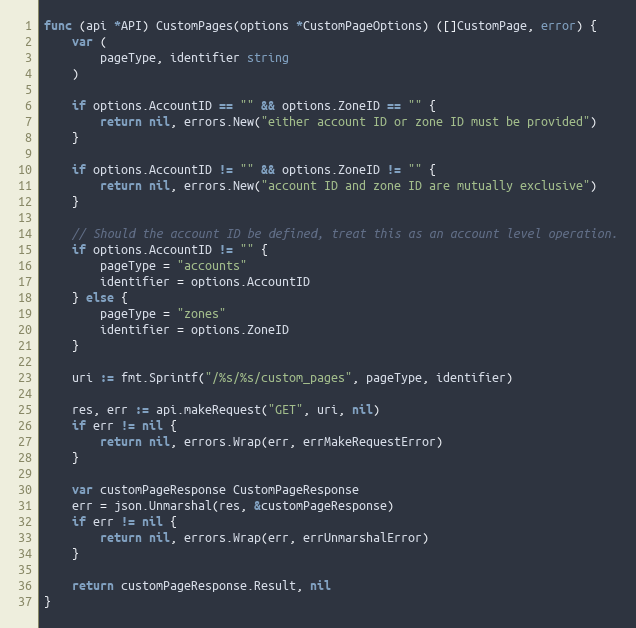
Language: Go
func (api *API) CustomPages(options *CustomPageOptions) ([]CustomPage, error) {
	var (
		pageType, identifier string
	)

	if options.AccountID == "" && options.ZoneID == "" {
		return nil, errors.New("either account ID or zone ID must be provided")
	}

	if options.AccountID != "" && options.ZoneID != "" {
		return nil, errors.New("account ID and zone ID are mutually exclusive")
	}

	// Should the account ID be defined, treat this as an account level operation.
	if options.AccountID != "" {
		pageType = "accounts"
		identifier = options.AccountID
	} else {
		pageType = "zones"
		identifier = options.ZoneID
	}

	uri := fmt.Sprintf("/%s/%s/custom_pages", pageType, identifier)

	res, err := api.makeRequest("GET", uri, nil)
	if err != nil {
		return nil, errors.Wrap(err, errMakeRequestError)
	}

	var customPageResponse CustomPageResponse
	err = json.Unmarshal(res, &customPageResponse)
	if err != nil {
		return nil, errors.Wrap(err, errUnmarshalError)
	}

	return customPageResponse.Result, nil
}